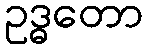
ဥဒ္ဓတော